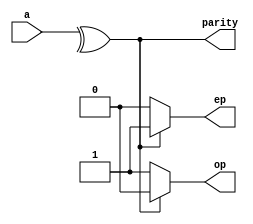
module pgen(a, parity, ep, op);

input [7:0]a;
output parity;
output reg ep, op;
wire w0, w1, w2, w3, w4, w5;

/*xor xor_0(w0, a[0], a[1]);
xor xor_1(w1, w0, a[2]);
xor xor_2(w2, w1, a[3]);
xor xor_3(w3, w2, a[4]);
xor xor_4(w4, w3, a[5]);
xor xor_5(w5, w4, a[6]);
xor xor_6(parity, w5, a[7]);
*/
assign parity = ^a;
always@(*)
begin
  
if (parity == 0) begin
	ep = 1'b0;
	op = 1'b1;
end

else begin
  ep = 1'b1;
  op = 1'b0;
end

end
endmodule